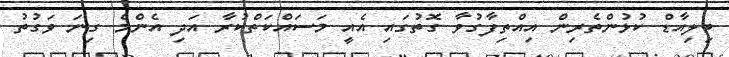
ބިލިއާޑް ކުޅުންތެރިން އިއްތިފާގުވާ ގޮތުގައި އެއީ މަސައްކަތްކުރާ އަދި އެންމެ ގިނަ ވަގުތު